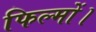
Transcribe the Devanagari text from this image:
फिल्मों।